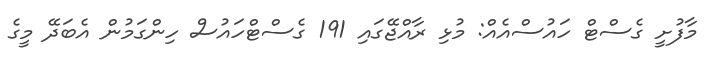
މާފުށީ ގެސްޓް ހައުސްއެއް: މުޅި ރާއްޖޭގައި 191 ގެސްޓްހައުސް ހިންގަމުން އެބަދޭ މީގެ